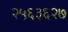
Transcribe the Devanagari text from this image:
२५६३६२७